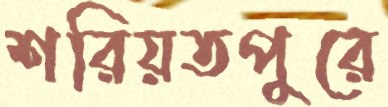
শরিয়তপুরে